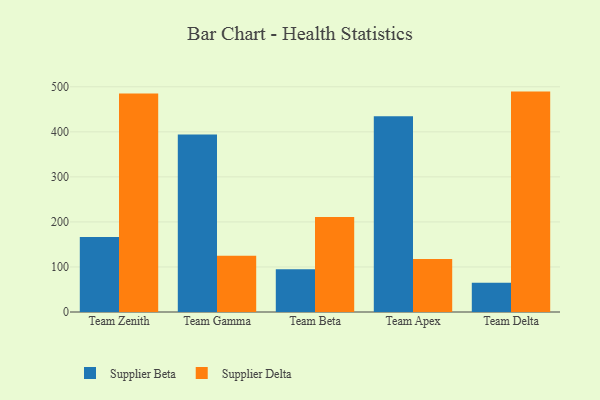
{"axis": {"x": "Team", "y": "Active Users"}, "legend": ["Supplier Beta", "Supplier Delta"], "data": [{"x": "Team Zenith", "y": 166.6, "type": "Supplier Beta"}, {"x": "Team Zenith", "y": 484.9, "type": "Supplier Delta"}, {"x": "Team Gamma", "y": 394.2, "type": "Supplier Beta"}, {"x": "Team Gamma", "y": 125.0, "type": "Supplier Delta"}, {"x": "Team Beta", "y": 94.8, "type": "Supplier Beta"}, {"x": "Team Beta", "y": 210.9, "type": "Supplier Delta"}, {"x": "Team Apex", "y": 434.4, "type": "Supplier Beta"}, {"x": "Team Apex", "y": 117.7, "type": "Supplier Delta"}, {"x": "Team Delta", "y": 64.9, "type": "Supplier Beta"}, {"x": "Team Delta", "y": 489.3, "type": "Supplier Delta"}]}